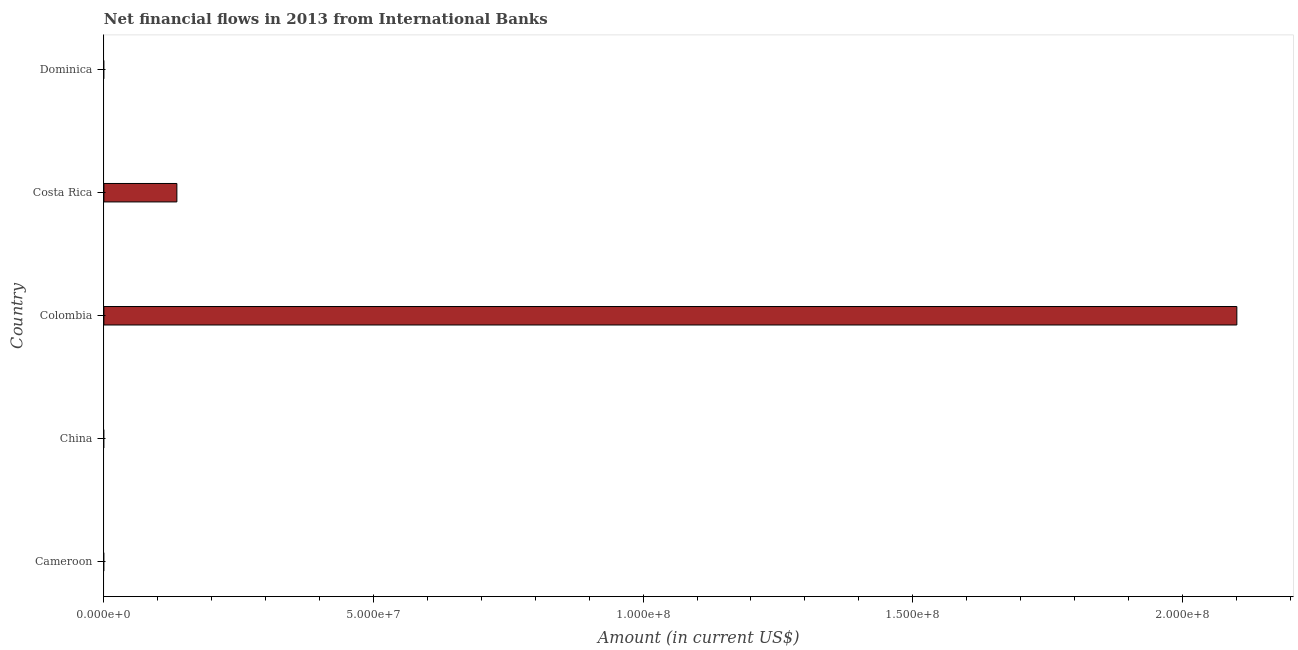
| Country | Net financial flows from IBRD |
 | --- | --- |
 | Cameroon | -5.34e+06 |
 | China | -7.5e+07 |
 | Colombia | 2.1e+08 |
 | Costa Rica | 1.35e+07 |
 | Dominica | -9.7e+04 |